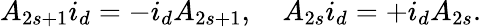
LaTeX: A_{2s+1}i_{d}=-i_{d}A_{2s+1},\quad A_{2s}i_{d}=+i_{d}A_{2s}.